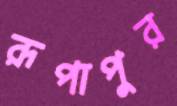
রূপাপুর